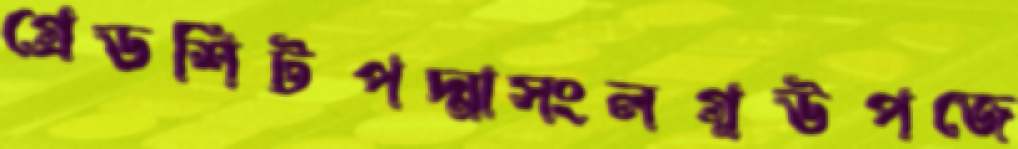
গ্রেডশিটপদ্মাসংলগ্নউপজে